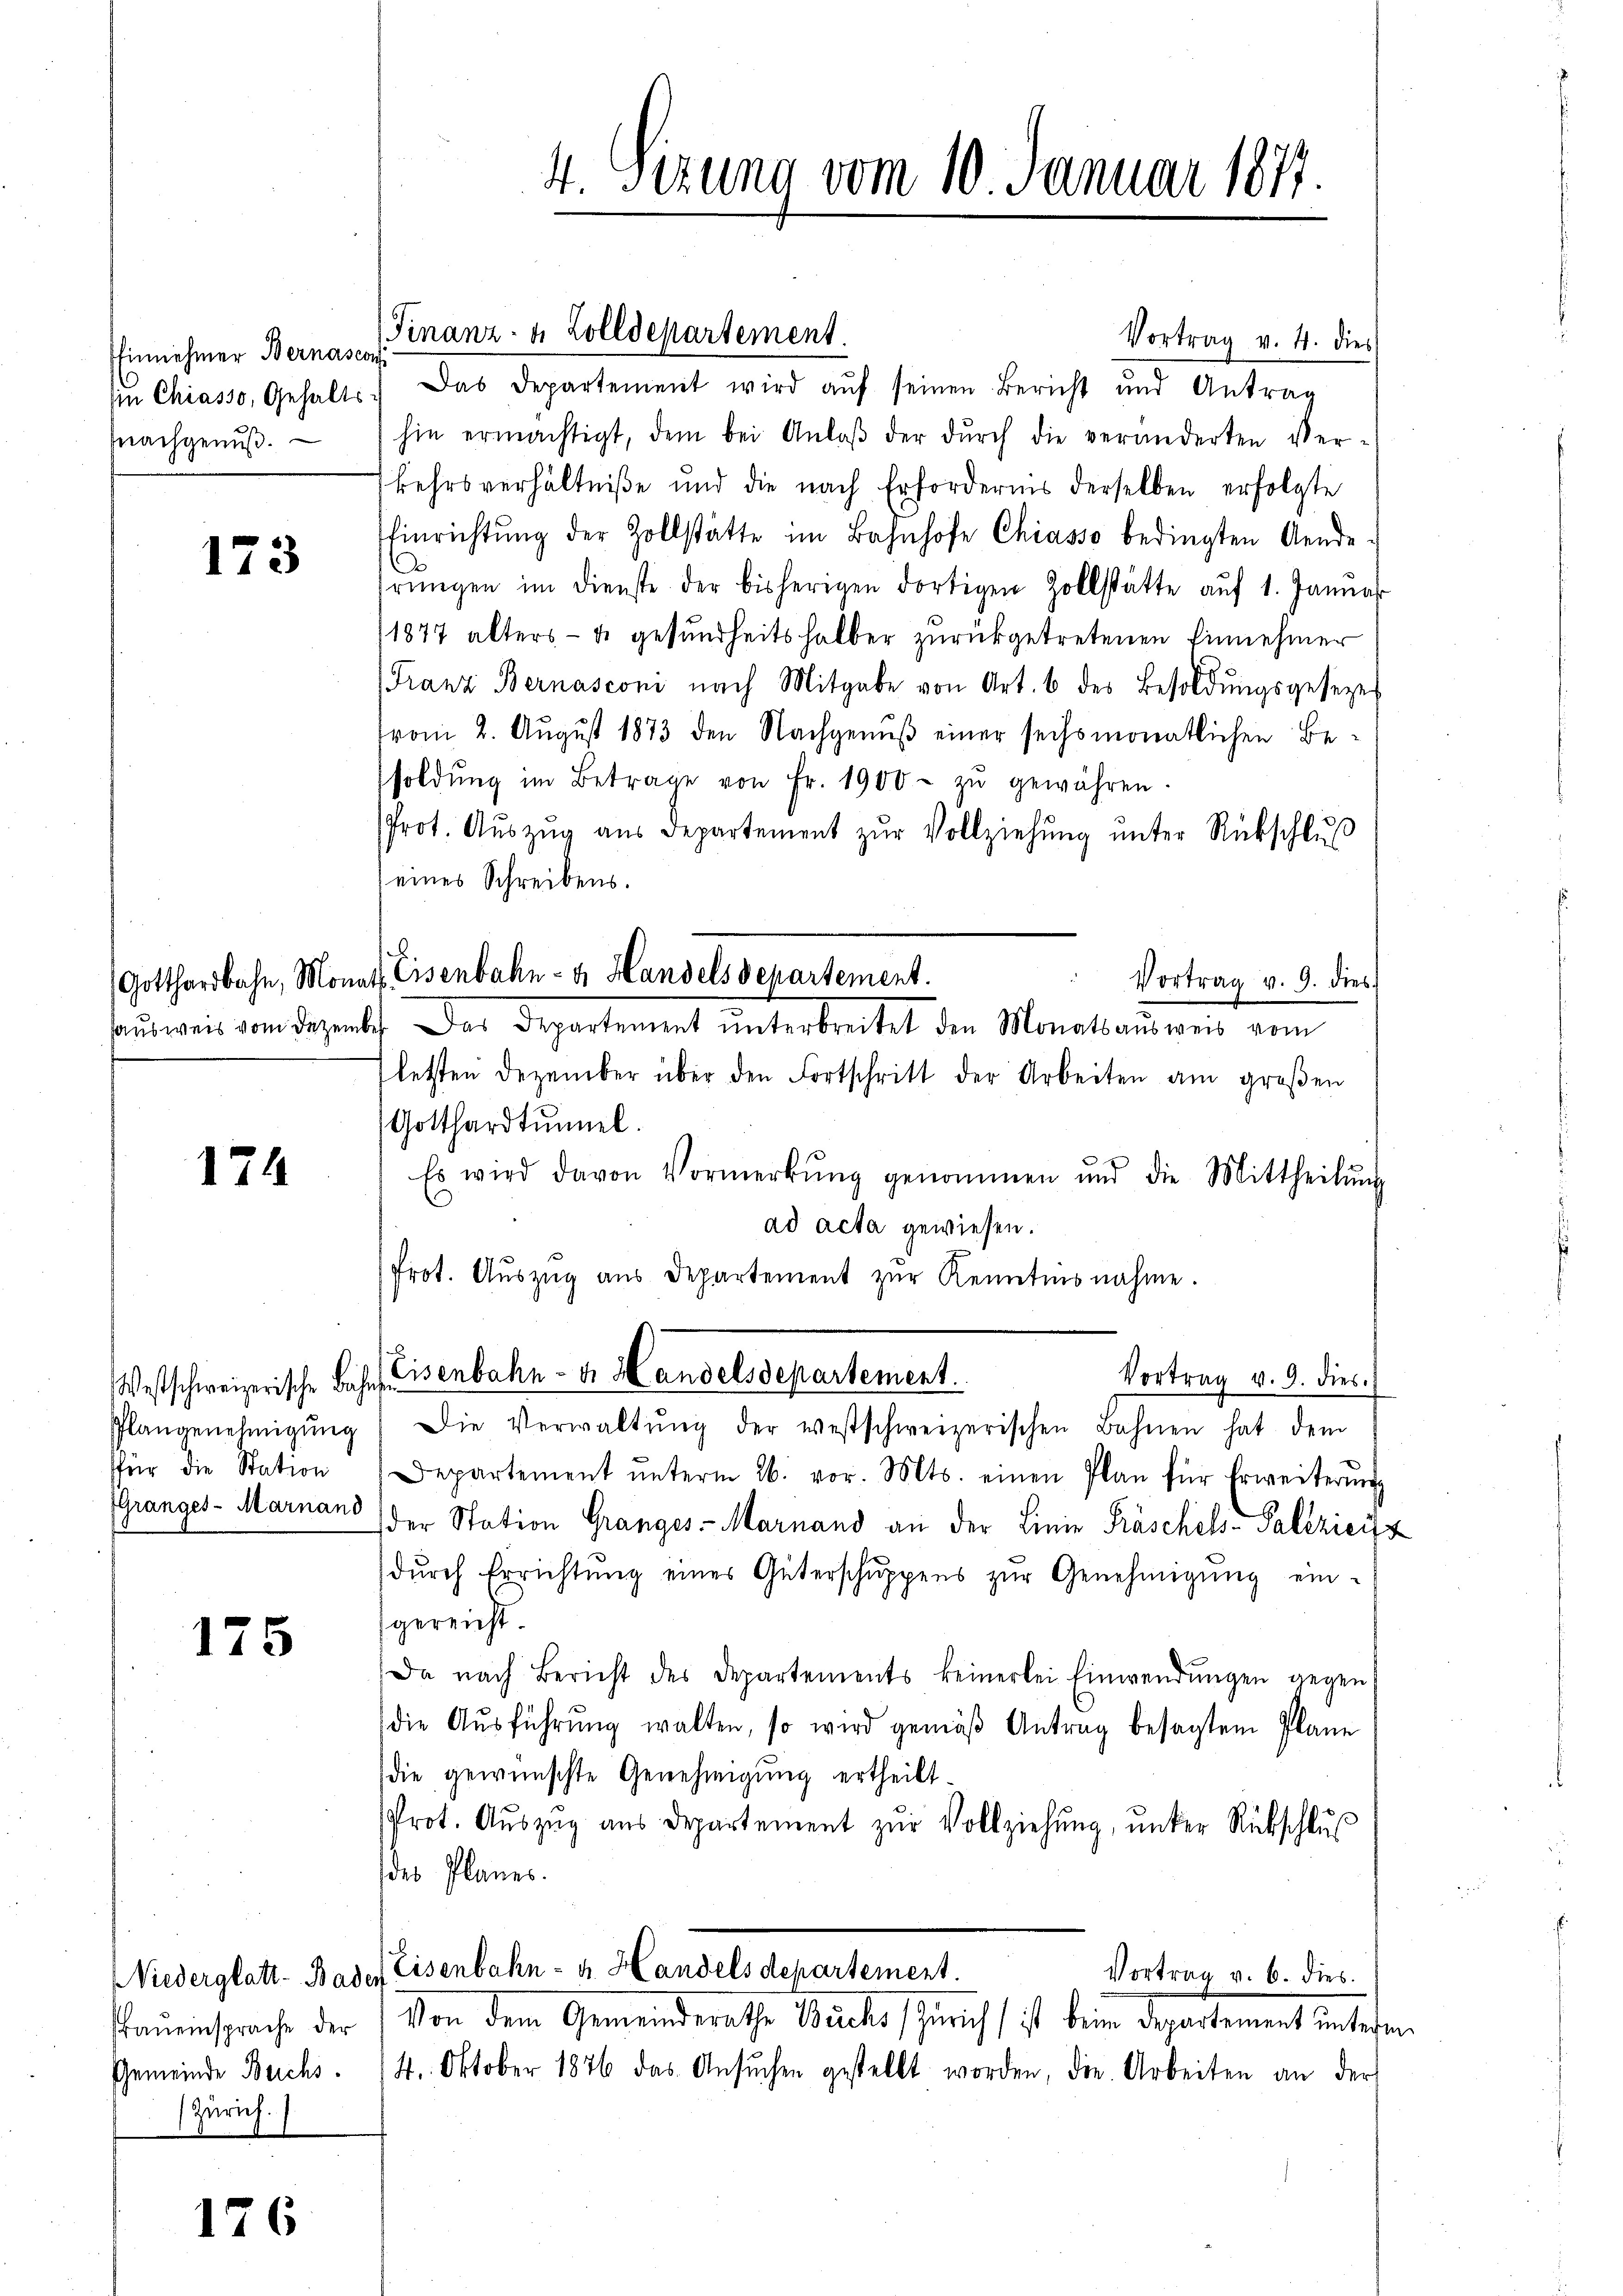
EEinnehmer Bernascon
in Chiasso, Gehalts
mnachgenus.

173

Gotthardbahn, Mona
ausweis vom Dezem

174

Plangenehmigung
für die Station
Granges-Marnand

175

Niederglatt - Bad
Frauensprache der
Gemeinde Beichs.
Zürich.

176

4. Sizung vom 10. Januar 1877.

Vortrag v. 4. dies
Das Departement wird aŭf seinen Bericht und Antrag
hin ermächtigt, dem bei Anlaβ der dŭrch die veränderten Ver-
kehrsverhältniße und die nach Erfordernis derselben erfolgte
Einrichtŭng der Zollstätte im Bahnhofe Chiasso bedingten Aende
rŭngen im Dienste der bisherigen dortigen Zollstätte aŭf 1. Januar
11877 alters - u. gesundheitshalber zurückgetretenen Einnehmer
Franz Bernasconi nach Mitgabe von Art. 6 des Besoldŭngsgesezes
vom 2. August 1873 den Nachgenuß einer sechsmonatlichen Besoldŭng im Betrage von Fr. 1900 zŭ gewähren.
Prot. Aŭszŭg aŭs Departement zŭr Vollziehŭng ŭnter Rückschlŭβ
eines Schreibens.
letzten Dezember über den Fortschritt der Arbeiten am groβen
Gotthardtunnel.
Es wird davon Vormerkŭng genommen und die Mittheilŭng
ad acta gewiesen.
Prot. Aŭszŭg aŭs Departement zŭr Kenntnisnahme.
Vortrag v. 9. dies
Westschweizerische bis Eisenbahn- u. Handelsdepartement.
Die Verwaltŭng der westschweizerischen Bahnen hat dem
Departement ŭnterm 26. vor. Mts. einen Plan für Erweiterŭng
der Station Granges-Marnand an der Linie Präschels- Palezicis
dŭrch Errichtŭng eines Güterschŭppens zŭr Genehmigŭng ein-
gereicht.
Da nach Bericht des Departements keinerlei Einwendŭngen gegen
die Aŭsführŭng walten, so wird gemäβ Antrag besagtem Plane
die gewünschte Genehmigung ertheilt.
Prot. Aŭszŭg aŭs Departement zŭr Vollziehung, unter Rückschlŭβ
des Planes.
Eisenbahn- u. Handels departement.
Vortrag v. 6. dies
Von dem Gemeinderathe Buchs (Zürich ist beim Departement unterm
14. Oktober 1876 das Ansŭchen gestellt worden, die Arbeiten an der

Finanz- u. Zolldepartement.

Eisenbahn- u. Handels Departement.
" Vortrag v. 9. dies
2). Das Departement ŭnterbreitet den Monatsaŭsweis vom